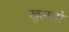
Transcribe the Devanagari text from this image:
खुलतो